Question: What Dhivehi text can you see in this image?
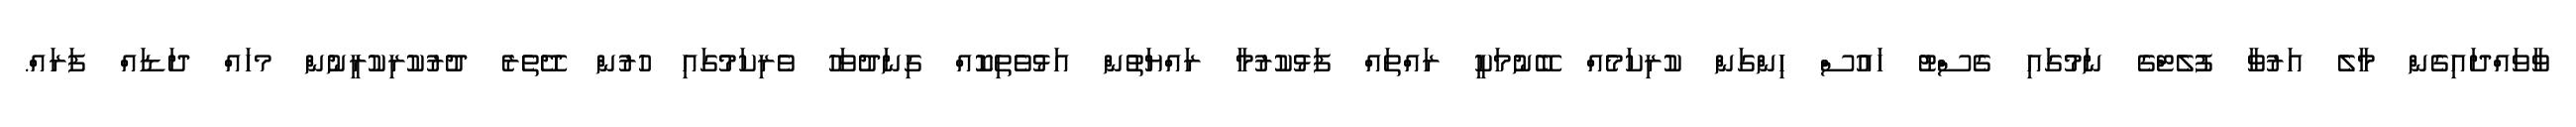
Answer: ވާވައްދައިގެން މާލެ އަރުވާ ފުލެޓްގެ ނަމުގައި ގެސްޓު ހައުސް ހިންގަން ކުރިކަމެއް ބޭނުމަކީ ރައްތައް ފަޅުކުރުމާ ރައްޔަތުން އަޅުވެތިކޮއް ގިނަދުވަހު ވެރިކަމުގައި ހުރުން ދޭތެރެ ދުރުކުރިކުރީނުން މހައް ދަޑައް ފަރައް.